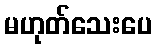
မဟုတ်သေးပေ